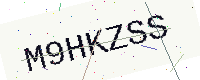
Text: M9HKZSS